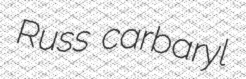
Russ carbaryl